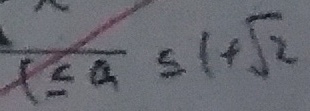
1 \leq a \leq 1 + \sqrt { 2 }